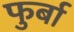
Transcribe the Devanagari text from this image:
फुर्बा